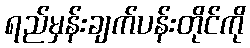
ရည်မှန်းချက်ပန်းတိုင်ကို